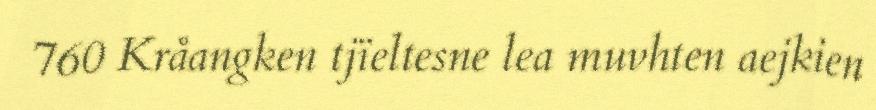
760 Kråangken tjïeltesne lea muvhten aejkien